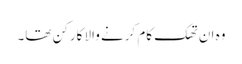
وہ ان تھک کام کرنے والا کارکن تھا۔